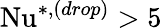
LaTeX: \mathrm{Nu}^{*,(drop)}>5